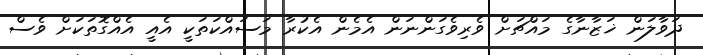
ދަވާލަން ޚަޒާނާގެ މައްޗަށް ވެރިވެގަންނަން އެމެން އެކުރާ މަސައްކަތަކީ އެއީ އެއްގޮތަކަށް ވެސް